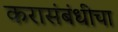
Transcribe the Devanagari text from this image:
करासंबंधीचा